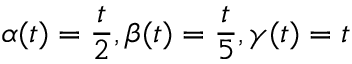
\alpha ( t ) = \frac { t } { 2 } , \beta ( t ) = \frac { t } { 5 } , \gamma ( t ) = t